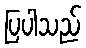
ပြပါသည်